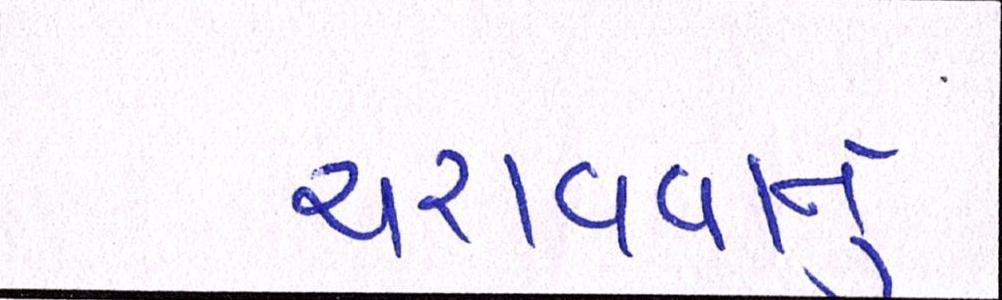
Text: ચરાવવાનુ